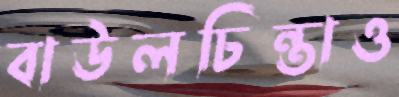
বাউলচিন্তাও